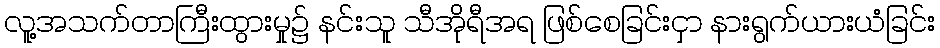
လူ့အသက်တာကြီးထွားမှု၌ နင်းသူ သီအိုရီအရ ဖြစ်စေခြင်းငှာ နားရွက်ယားယံခြင်း